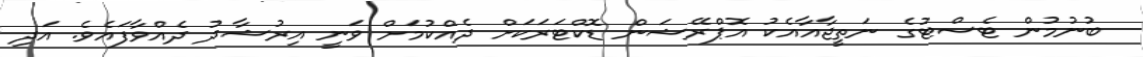
ބުނުމުން ޓެސްޓުގެ ނަތީޖާއާއެކު އޮޕްރޭޝަން ޑޮކްޓަރަކަށް ދެއްކުމަށް ވަނީ އިރުޝާދު ދެއްވާފައެވެ. އަދި